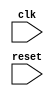
module timing_control_synchronization (
    input wire clk,
    input wire reset,
    // Add other signal inputs for AXI protocol
    // Add signal outputs for timing control and synchronization

);

    // Add code for generating and synchronizing clock signals
    always @(posedge clk or posedge reset) begin
        if (reset) begin
            // Reset logic for clock signals
        end else begin
            // Clock signal generation logic
        end
    end

    // Add code for handling data transfer timing requirements

    // Add code for managing handshake signals

endmodule